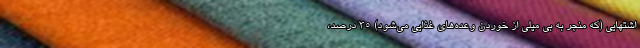
اشتهایی (که منجر به بی میلی از خوردن وعده‌های غذایی می‌شود) ۳۵ درصد،